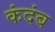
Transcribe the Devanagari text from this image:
कंदंब